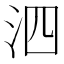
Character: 泗